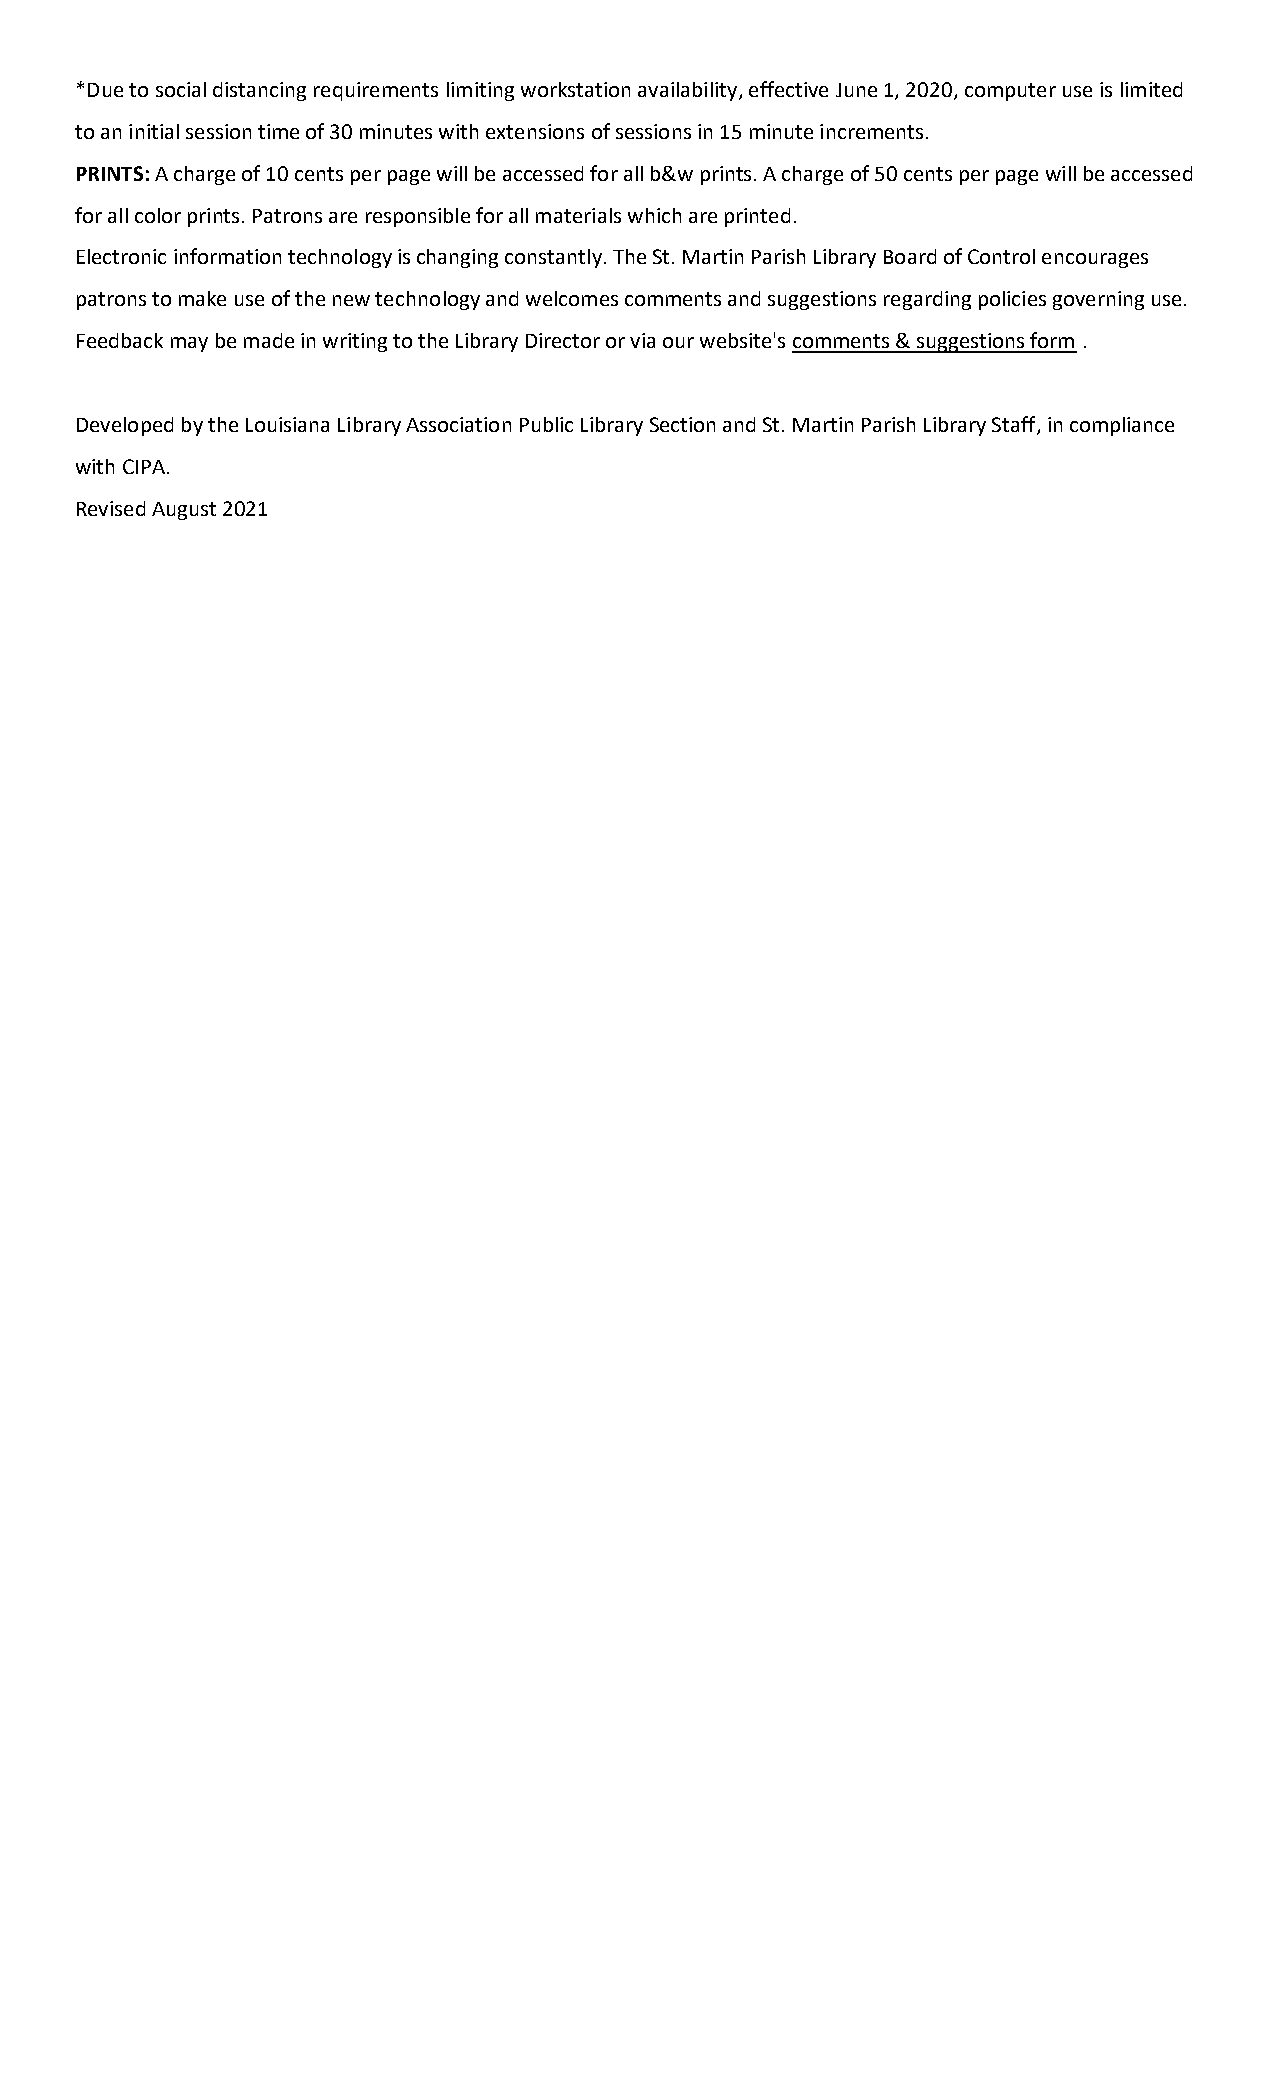
*Due to social distancing requirements limiting workstation availability, effective June 1, 2020, computer use is limited
 to an initial session time of 30 minutes with extensions of sessions in 15 minute increments.
 PRINTS: A charge of 10 cents per page will be accessed for all b&w prints. A charge of 50 cents per page will be accessed
 for all color prints. Patrons are responsible for all materials which are printed.
 Electronic information technology is changing constantly. The St. Martin Parish Library Board of Control encourages
 patrons to make use of the new technology and welcomes comments and suggestions regarding policies governing use.
 Feedback may be made in writing to the Library Director or via our website's comments & suggestions form .
 Developed by the Louisiana Library Association Public Library Section and St. Martin Parish Library Staff, in compliance
 with CIPA.
 Revised August 2021